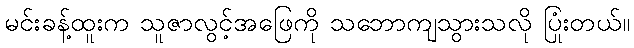
မင်းခန့်ထူးက သူဇာလွင့်အဖြေကို သဘောကျသွားသလို ပြုံးတယ်။